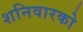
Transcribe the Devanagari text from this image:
शनिवारको